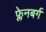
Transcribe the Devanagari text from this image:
फ्लेनबर्ग